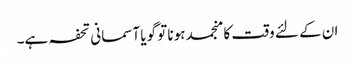
ان کے لئے وقت کا منجمد ہونا تو گویا آسمانی تحفہ ہے۔